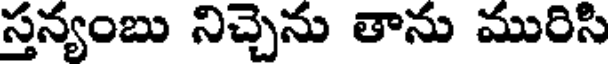
స్తన్యంబు నిచ్చెను తాను మురిసి